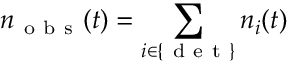
n _ { \mathrm { ~ o ~ b ~ s ~ } } ( t ) = \sum _ { i \in \{ \mathrm { ~ d ~ e ~ t ~ } \} } n _ { i } ( t )